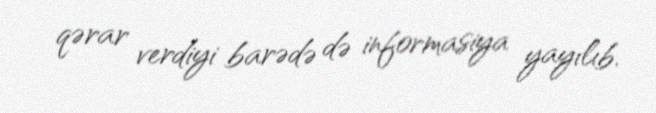
qərar verdiyi barədə də informasiya yayılıb.